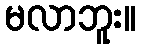
မလာဘူး။